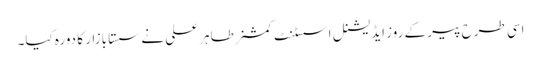
اسی طرح پیر کے روز ایڈیشنل اسسٹنٹ کمشنر طاہر علی نے سستا بازار کا دورہ کیا۔